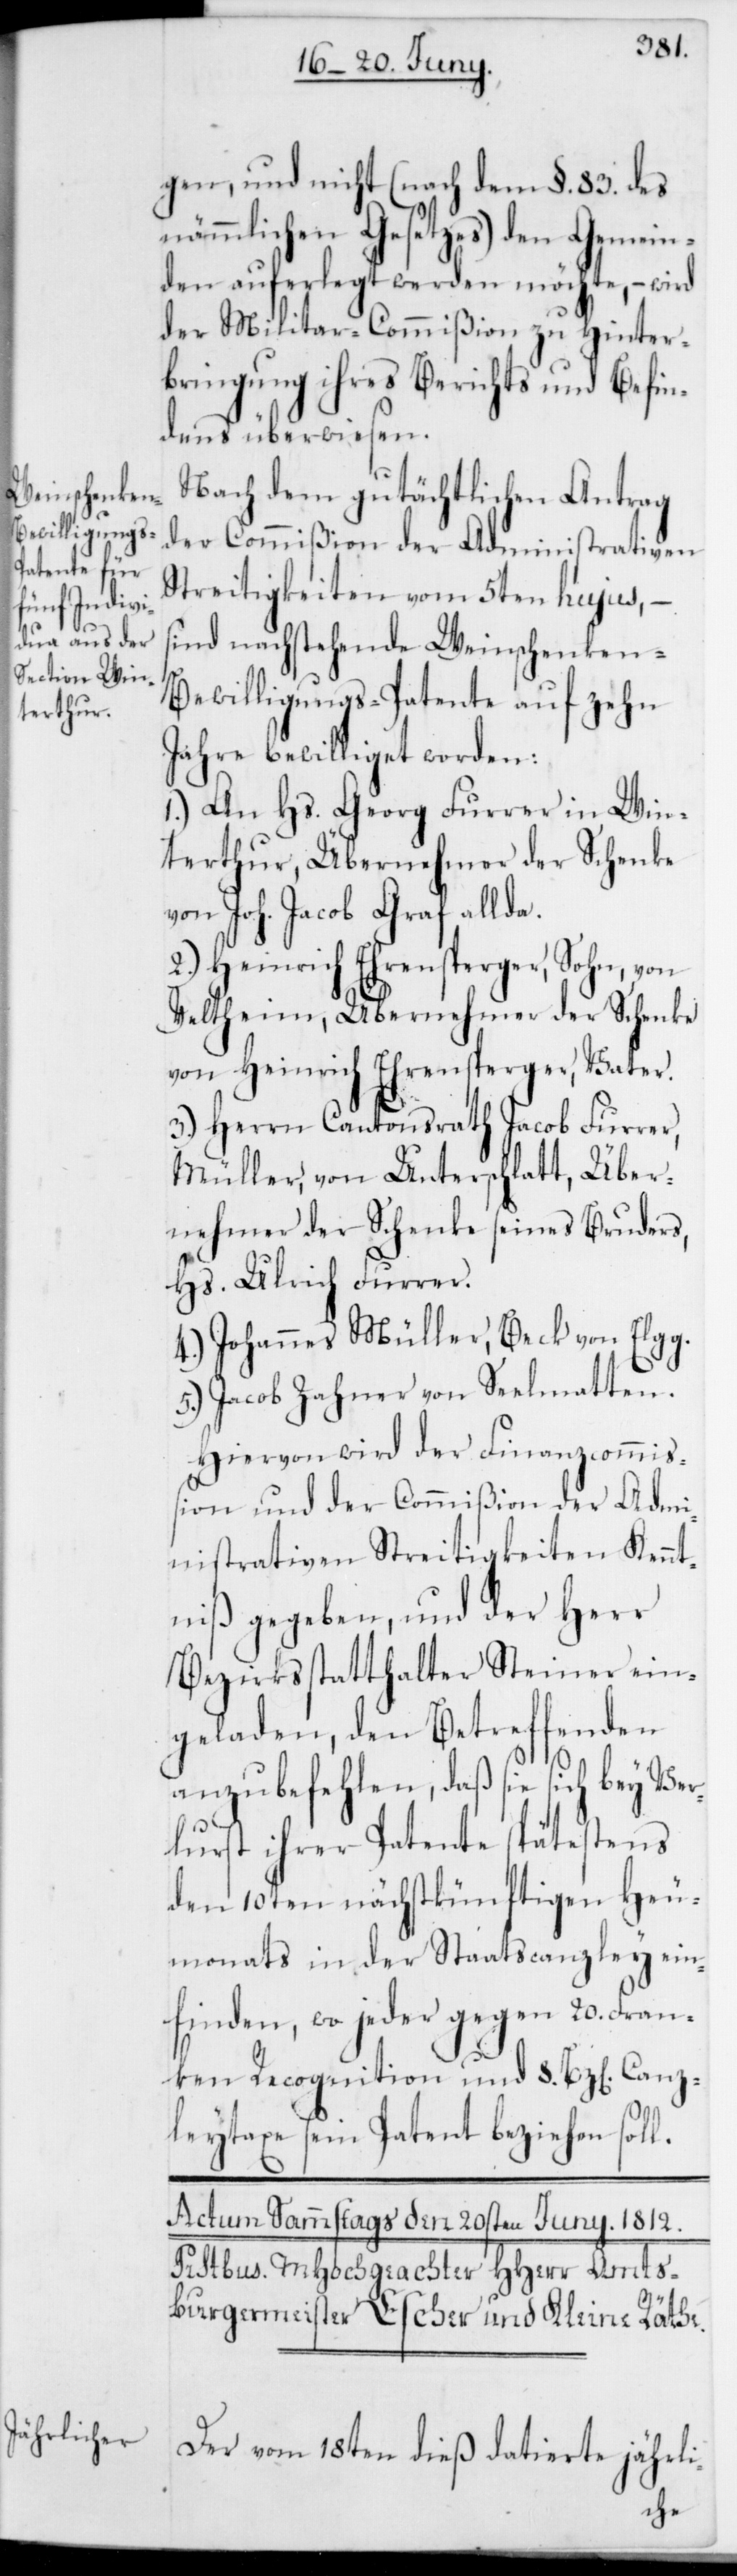
gen, und nicht (nach dem §. 83. des
nämmlichen Gesetzes) den Gemein¬
den auferlegt werden möchte, – wird
der Militar-Commißion zu Hinter¬
bringung ihres Berichts und Befin¬
dens überwiesen.
Nach dem gutächtlichen Antrag
der Commißion der Administrativen
Streitigkeiten vom 5ten hujus, –
sind nachstehende Weinschenken-B¬
ewilligungs-Patente auf zehn
Jahre bewilliget worden:
1.) An Hs. Georg Furrer in Win¬
terthur, Übernehmer der Schenke
von Joh. Jacob Graf allda.
2.) Heinrich Ehrensperger, Sohn, von
Veltheim, Übernehmer der Schenke
von Heinrich Ehrensperger, Vater.
3.) Herrn Cantonsrath Jacob Furrer,
Müller, von Unterschlatt, Über¬
nehmer der Schenke seines Bruders,
Hs. Ulrich Furrer.
4.) Johannes Müller, Beck von Elgg.
5.) Jacob Zahner von Seelmatten.
Hiervon wird der Finanzcommiß¬
ion und der Commißion der Admi¬
nistrativen Streitigkeiten Kennt¬
niß gegeben, und der Herr
Bezirksstatthalter Steiner ein¬
geladen, den Betreffenden
anzubefehlen, daß sie sich bey Ver¬
lust ihrer Patente spätestens
den 10ten nächstkünftigen Heu¬
monats in der Staatscanzley ein¬
finden, wo jeder gegen 20. Fran¬
ken Recognition und 8. Bz[en] Canz¬
leytaxe sein Patent beziehen soll.
Der vom 18ten dieß datierte jährli-